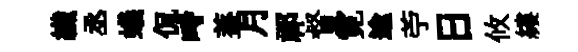
纎丞蟻侃畤葢月祁督霓逾苧日攸縷